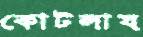
কোটলায়